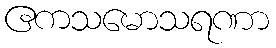
ဧကသမောသရဏာ